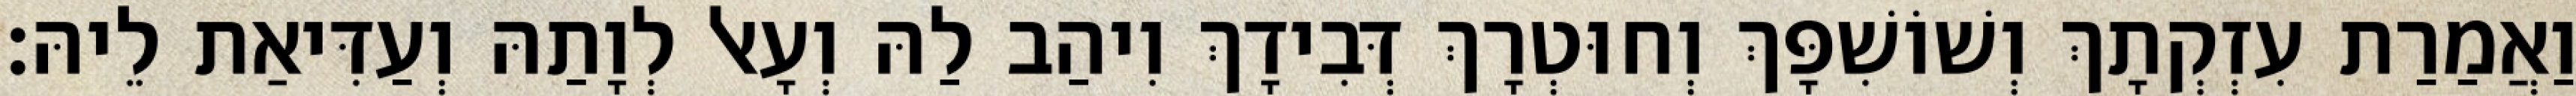
וַאֲמַרַת עִזְקְתָךְ וְשׁוֹשִׁפָּךְ וְחוּטְרָךְ דְּבִידָךְ וִיהַב לַהּ וְעָאל לְוָתַהּ וְעַדִּיאַת לֵיהּ׃